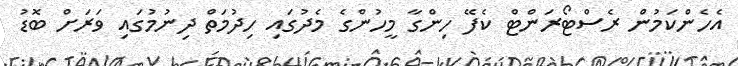
އެހެންކަމުން ރެސްޓޯރަންޓް ކެފޭ ހިންގާ މީހުންގެ މެދުގައި ހިދުމަތް ދިނުމުގައި ވަރަށް ބޮޑު